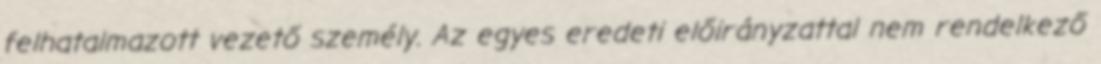
felhatalmazott vezető személy. Az egyes eredeti előirányzattal nem rendelkező